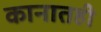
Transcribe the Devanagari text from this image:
कानातही